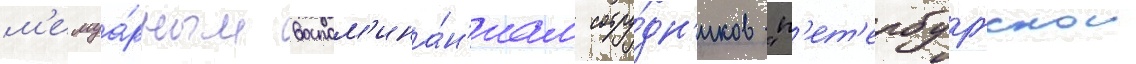
м'емуа́рным воспом'ина́н'иам сотру́дн'иков "п'ет'ербургскои